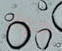
جواز